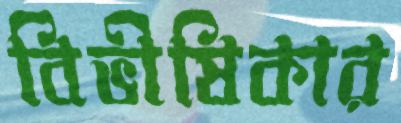
বিভীষিকার